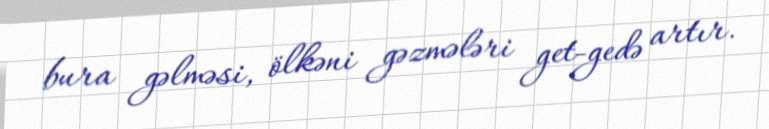
bura gəlməsi, ölkəni gəzmələri get-gedə artır.